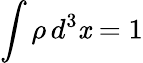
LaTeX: \int\rho\, d^{3}\mathit{x}=1